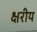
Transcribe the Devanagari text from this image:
क्षरीय